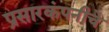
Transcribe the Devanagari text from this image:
प्रसारकंपनीचे